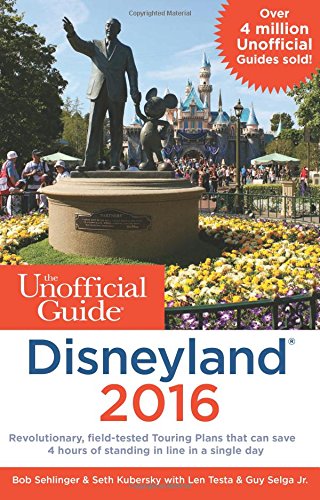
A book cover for The Unofficial Guide to Disneyland 2016; Bob Sehlinger; Parenting & Relationships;